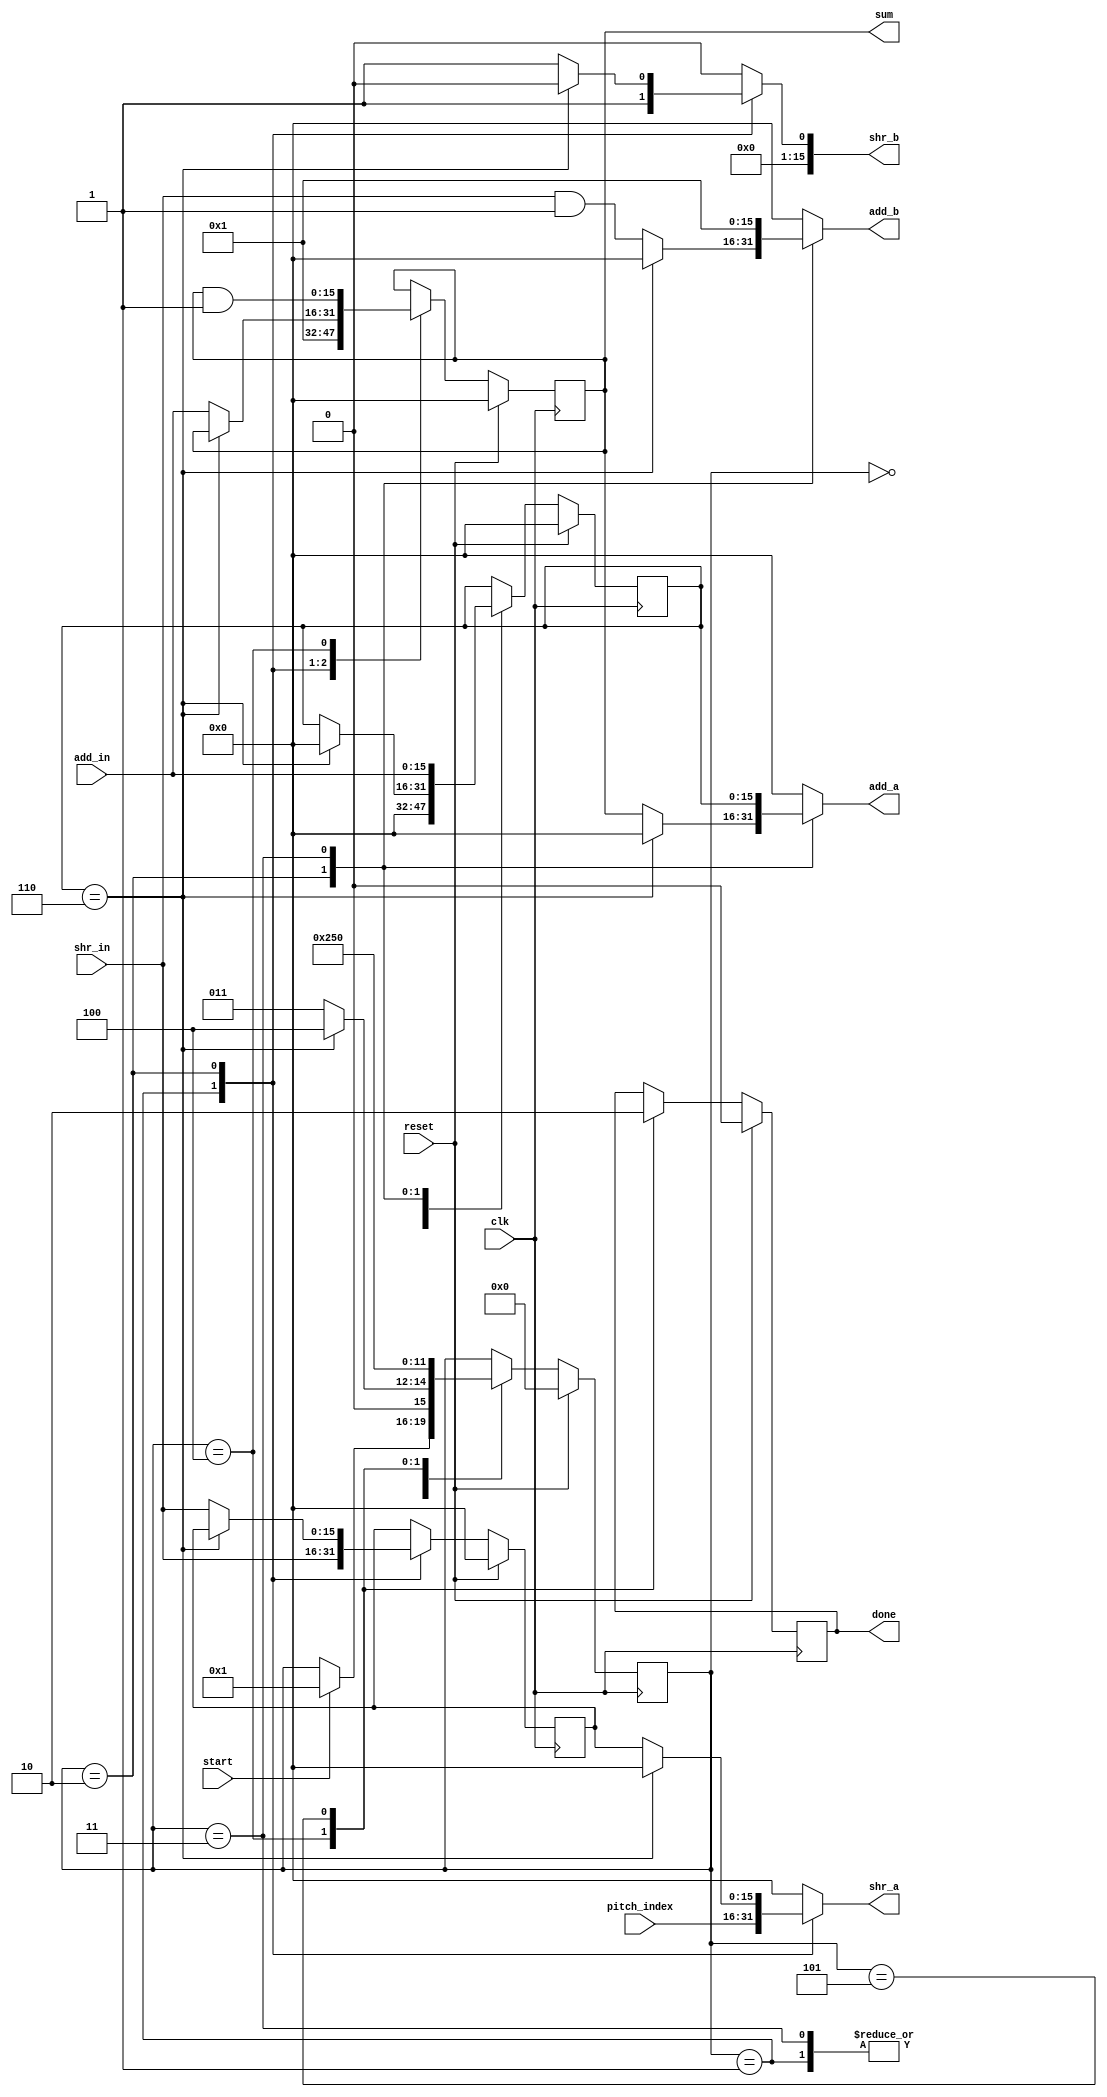
module Parity_pitch(clk, start, reset, done, pitch_index, sum, add_a, add_b, add_in, shr_a, shr_b, shr_in);

	input clk, start, reset;
	input [15:0] pitch_index;

	output reg done;
	output reg [15:0] sum;

	input [15:0] add_in;
	input [15:0] shr_in;
	output reg [15:0] add_a, add_b;
	output reg [15:0] shr_a, shr_b;
	
	parameter INIT = 0;
	parameter S1 = 1;
	parameter S2 = 2;
	parameter S3 = 3;
	parameter S4 = 4;
	parameter S5 = 5;
	
	reg [3:0] state, nextstate;
	reg [15:0] i, nexti;
	reg [15:0] temp, next_temp;
	reg [15:0] bit1, next_bit1;
	reg [15:0] next_sum;
	reg next_done;

	always @(posedge clk)
		begin
			if(reset)
				i <= 0;
			else
				i <= nexti;
		end

	always @(posedge clk)
		begin
			if (reset)
				 state <= INIT;
			else
				 state <= nextstate;
		 end
		 
	always @(posedge clk)
		begin
			if(reset)
				temp <= 0;
			else
				temp <= next_temp;
		end

	always @(posedge clk)
		begin
			if(reset)
				bit1 <= 0;
			else
				bit1 <= next_bit1;
		end
		
	always @(posedge clk)
		begin
			if(reset)
				sum <= 0;
			else
				sum <= next_sum;
		end
					
	always @(posedge clk)
		begin
			if(reset)
				done <= 0;
			else
				done <= next_done;
		end
		
	always@(*)
		begin
			nextstate = state;
			nexti = i;
			next_temp = temp;
			next_bit1 = bit1;
			next_done = done;
			next_sum = sum;
			add_a = 0;
			add_b = 0;
			shr_a = 0;
			shr_b = 0;
			
			case(state)
				INIT:
					begin
						if(start)
							nextstate = S1;
					end
					
				S1:
					begin
						shr_a = pitch_index;
						shr_b = 'd1;
						next_temp = shr_in;							//temp = shr(pitch_index, 1);
						next_sum = 'd1;								//sum = 1;
						nexti = 'd0;
						nextstate = S2;
					end
					
				S2:	//start of i loop
					begin
						if(i == 6)
							begin
								nexti = 'd0;
								nextstate = S4;
							end
						else
							begin
								shr_a = temp;
								shr_b = 'd1;
								next_temp = shr_in;							//temp = shr(temp, 1);
								next_bit1 = (shr_in & 16'd1);				//bit = temp & 1;
								add_a = sum;
								add_b = (shr_in & 16'd1);					
								next_sum = add_in;							//sum = add(sum, bit);
								nextstate = S3;
							end
					end
				
				S3:
					begin
						add_a = i;
						add_b = 'd1;
						nexti = add_in;
						nextstate = S2;
					end
				
				S4:
					begin
						next_sum = sum & 16'd1;
						next_done = 1;
						nextstate = S5;
					end
					
				S5:
					begin
						next_done = 0;
						nextstate = INIT;
					end	
				endcase
				
			
			
		end
endmodule